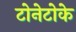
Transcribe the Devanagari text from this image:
टोनेटोके